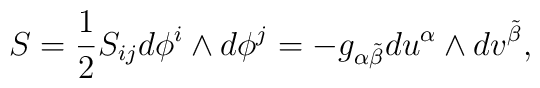
S = \frac{1}{2} S_{ij}d\phi^i \wedge d\phi^j =  -g_{\alpha \tilde{\beta}}du^\alpha \wedge dv^{\tilde{\beta}} ,